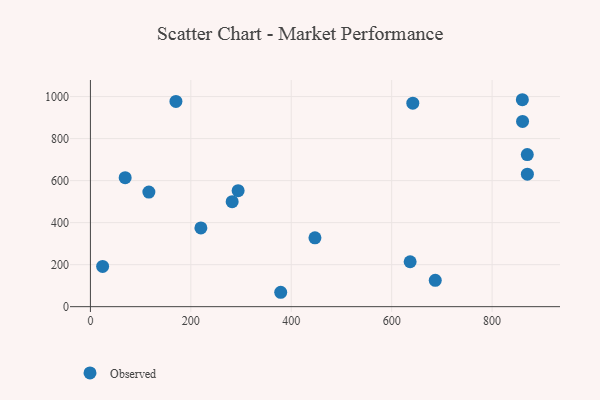
{"axis": {"x": "Experience", "y": "Exam Score"}, "legend": ["Observed"], "data": [{"x": "24.3", "y": 191.7, "type": "Observed"}, {"x": "220.0", "y": 375.0, "type": "Observed"}, {"x": "642.1", "y": 968.5, "type": "Observed"}, {"x": "447.2", "y": 327.6, "type": "Observed"}, {"x": "69.2", "y": 613.9, "type": "Observed"}, {"x": "860.3", "y": 985.0, "type": "Observed"}, {"x": "116.4", "y": 545.2, "type": "Observed"}, {"x": "686.8", "y": 125.4, "type": "Observed"}, {"x": "860.7", "y": 881.7, "type": "Observed"}, {"x": "870.1", "y": 723.9, "type": "Observed"}, {"x": "379.0", "y": 68.5, "type": "Observed"}, {"x": "636.8", "y": 213.7, "type": "Observed"}, {"x": "870.3", "y": 630.6, "type": "Observed"}, {"x": "282.3", "y": 499.6, "type": "Observed"}, {"x": "294.2", "y": 552.2, "type": "Observed"}, {"x": "170.3", "y": 976.7, "type": "Observed"}]}